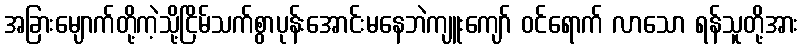
အခြားမျောက်တို့ကဲ့သို့ငြိမ်သက်စွာပုန်းအောင်းမနေဘဲကျူးကျော် ဝင်ရောက် လာသော ရန်သူတို့အား